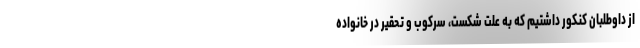
از داوطلبان کنکور داشتیم که به علت شکست، سرکوب و تحقیر در خانواده